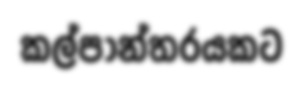
කල්පාන්තරයකට